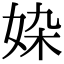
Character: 𡜉